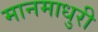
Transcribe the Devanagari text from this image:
मानमाधुरी